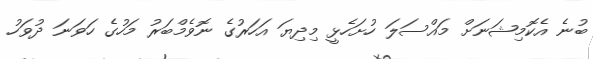
ބުނެ އެކޮމިޝަނަށް މައްސަލަ ހުށަހެޅީ މިދިޔަ އަހަރުގެ ނޮވެމްބަރު މަހުގެ ހަވަނަ ދުވަހު